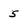
Character: 5